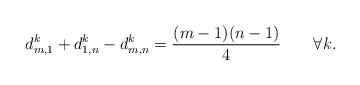
\begin{align*}d^k_{m,1}+d^k_{1,n}-d^k_{m,n}=\frac{(m-1)(n-1)}{4}\qquad \forall k.\end{align*}